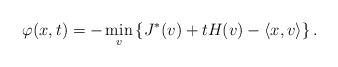
LaTeX: \begin{align*}\varphi(x,t) = -\min_v \left\{J^*(v) + tH(v)-\langle x,v\rangle\right\}. \end{align*}